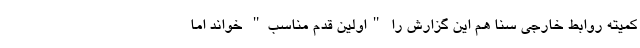
کمیته روابط خارجی سنا هم این گزارش را "اولین قدم مناسب" خواند اما